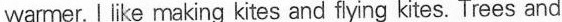
warmer.I like making kites and flying kites. Trees and